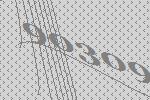
90309